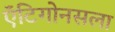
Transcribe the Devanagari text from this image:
ऍंटिगोनसला